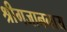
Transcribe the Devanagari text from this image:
श्रीगजाननाय